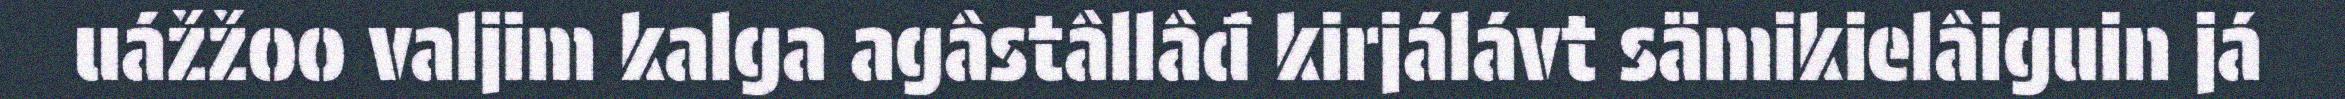
uážžoo valjim kalga agâstâllâđ kirjálávt sämikielâiguin já